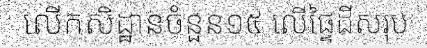
លើកសិដ្ឋានចំនួន១៥ លើផ្ទៃដីសរុប